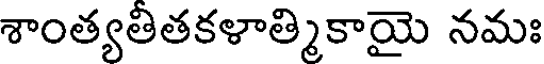
శాంత్యతితకళాత్మికాయై నమః